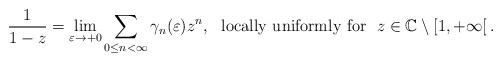
LaTeX: \begin{align*}\frac{1}{1-z}=\lim_{\varepsilon\to+0}\sum\limits_{0\leq n<\infty}\gamma_n(\varepsilon)z^n, \ \ \textup{locally uniformly for} \ \ z\in \mathbb{C}\setminus[1,+\infty[\,.\end{align*}